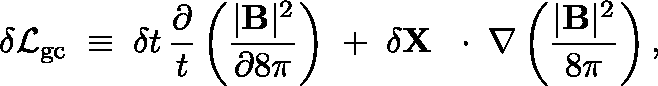
\delta { \cal L } _ { \mathrm { g c } } \; \equiv \; \delta t \, \frac { \partial } { t } \left( \frac { | { \bf B } | ^ { 2 } } { \partial 8 \pi } \right) \; + \; \delta { \bf X } \, \mathrm { ~ \boldmath ~ \cdot ~ } \, \nabla \left( \frac { | { \bf B } | ^ { 2 } } { 8 \pi } \right) ,